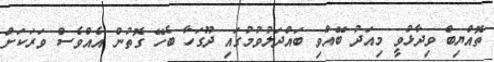
ތޮއްޔިބް ވިދާޅުވީ މިއަދު ބޭއްވި ބައްދަލުވުމުގައި ދޫގަހާ ބެހޭ ގޮތުން އެއްވެސް ވަރަކަށް